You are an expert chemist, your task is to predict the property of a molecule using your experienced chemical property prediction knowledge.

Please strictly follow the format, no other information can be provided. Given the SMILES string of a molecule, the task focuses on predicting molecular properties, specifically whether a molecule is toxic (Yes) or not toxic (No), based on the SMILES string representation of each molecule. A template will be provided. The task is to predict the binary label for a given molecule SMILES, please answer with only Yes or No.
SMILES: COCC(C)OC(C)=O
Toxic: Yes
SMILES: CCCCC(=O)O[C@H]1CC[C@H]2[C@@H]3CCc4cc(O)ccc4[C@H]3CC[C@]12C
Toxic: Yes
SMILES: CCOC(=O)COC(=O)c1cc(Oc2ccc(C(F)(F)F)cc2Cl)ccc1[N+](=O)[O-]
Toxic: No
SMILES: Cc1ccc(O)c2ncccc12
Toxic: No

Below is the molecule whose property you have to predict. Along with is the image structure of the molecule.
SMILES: CC(=O)OCCC1CCCCC1
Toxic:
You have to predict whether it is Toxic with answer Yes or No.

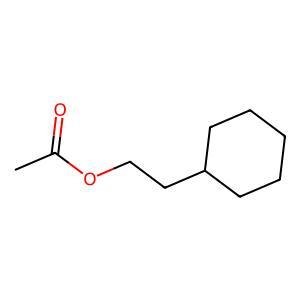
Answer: No